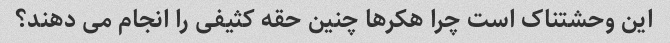
این وحشتناک است چرا هکرها چنین حقه کثیفی را انجام می دهند؟